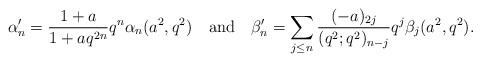
LaTeX: \begin{align*}\alpha'_n=\frac{1+a}{1+aq^{2n}}q^n\alpha_n(a^2,q^2)\quad\mbox{and}\quad\beta'_n=\sum_{j\leq n}\frac{(-a)_{2j}}{(q^2;q^2)_{n-j}}q^{j}\beta_j(a^2,q^2).\end{align*}